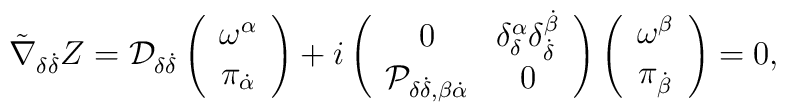
\tilde \nabla _{\delta \dot \delta }Z={\cal D}_{\delta \dot \delta }\left(\begin{array}{c}\omega ^\alpha \\\pi _{\dot \alpha }\end{array}\right) +i\left(\begin{array}{cc}0 & \delta _\delta ^\alpha \delta _{\dot \delta }^{\dot \beta } \\{\cal P}_{\delta \dot \delta ,\beta \dot \alpha } & 0\end{array}\right) \left(\begin{array}{c}\omega ^\beta \\\pi _{\dot \beta }\end{array}\right) =0,